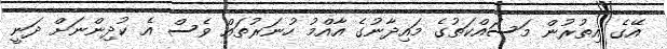
އޭގެ އިތުރުން މަސައްކަތުގެ މައިދާނުގެ އާއްމު ހުނަރުތައް ވެސް އެ ކުދިންނަށް ދަނީ